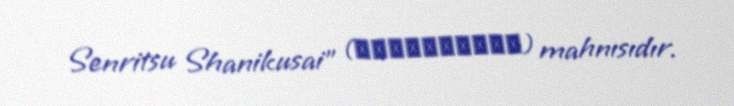
Senritsu Shanikusai" (深淵に舞う戦慄謝肉祭) mahnısıdır.